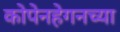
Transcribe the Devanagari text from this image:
कोपेनहेगनच्या